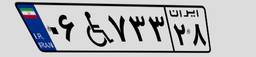
۷۷W۴۳۵۰۹